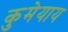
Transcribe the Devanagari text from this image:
कुमेयाय